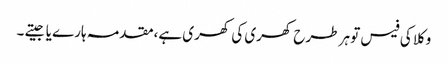
وکلا کی فیس تو ہر طرح کھری کی کھری ہے،مقدمہ ہارے یا جیتے ۔